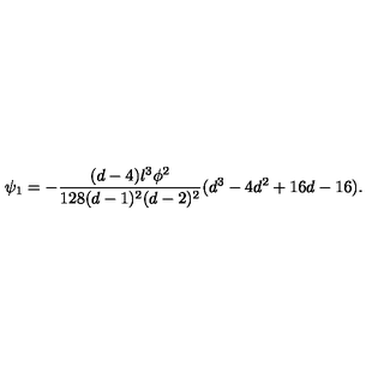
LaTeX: \psi _ { 1 } = - \frac { ( d - 4 ) l ^ { 3 } \phi ^ { 2 } } { 1 2 8 ( d - 1 ) ^ { 2 } ( d - 2 ) ^ { 2 } } ( d ^ { 3 } - 4 d ^ { 2 } + 1 6 d - 1 6 ) .